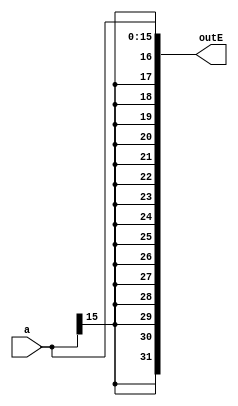
////////////////////////////////////////////////////////////////////////////////
// Company: 	UMBC
//
// Module Name: sign_Extend
// Description: Sign extends a value by given parameters
////////////////////////////////////////////////////////////////////////////////
module sign_Extend(a, outE);

	// Parameters for setting values
	parameter SIZE_IN = 16;
	parameter SIZE_OUT = 32;

	// Input and output set as given bit lengths defined in parameters
	input [(SIZE_IN-1):0] a;
	output [(SIZE_OUT-1):0] outE;

	// Concatenate / sign extend by the size in value
	assign outE = {{SIZE_IN{a[(SIZE_IN-1)]}}, a};

endmodule